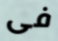
فى